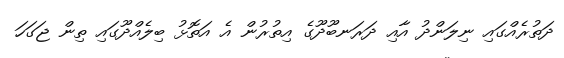
ދަތުރެއްގައި ނިލަންދު އާއި ދަރަނބޫދޫގެ އިތުރުން އެ އަތޮޅު ބިލެއްދޫގައި ތިން ޖަގަހަ